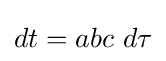
dt=abc\ d\tau